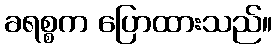
ခရစ္စက ပြောထားသည်။